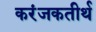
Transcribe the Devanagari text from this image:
करंजकतीर्थ